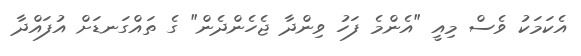
އެކަމަކު ވެސް މިއީ "އެންމެ ފަހު ވިންދާ ޖެހެންދެން" ގެ ތައްގަނޑަށް އުފައްދާ